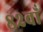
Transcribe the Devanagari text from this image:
८२वाँ